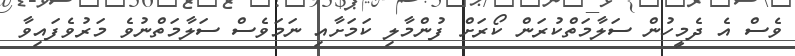
ވެސް އެ ދެމީހުން ސަލާމަތްކުރަން ކޯރަށް ފުންމާލި ކަމަށާއި ނަމަވެސް ސަލާމަތްނުވެ މަރުވެފައިވާ